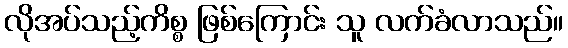
လိုအပ်သည့်ကိစ္စ ဖြစ်ကြောင်း သူ လက်ခံလာသည်။